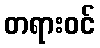
တရားဝင်